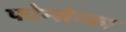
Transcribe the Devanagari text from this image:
फोन्सेन्का